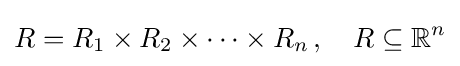
R=R_{1}\times R_{2}\times \dots \times R_{n}\,,\quad R\subseteq \mathbb {R} ^{n}